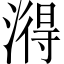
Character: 𬈫